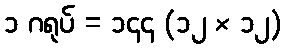
၁ ဂရုပ် = ၁၄၄ (၁၂ × ၁၂)